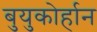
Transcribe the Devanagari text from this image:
बुयुकोर्हान